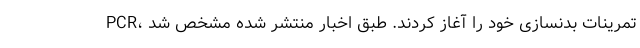
PCR، تمرینات بدنسازی خود را آغاز کردند. طبق اخبار منتشر شده مشخص شد